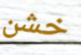
خشن